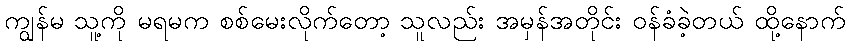
ကျွန်မ သူ့ကို မရမက စစ်မေးလိုက်တော့ သူလည်း အမှန်အတိုင်း ဝန်ခံခဲ့တယ် ထို့နောက်